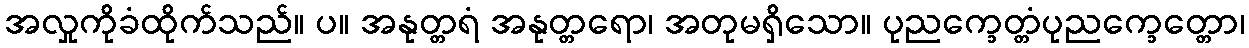
အလှုကိုခံထိုက်သည်။ ပ။ အနုတ္တရံ အနုတ္တရော၊ အတုမရှိသော။ ပုညက္ခေတ္တံပုညက္ခေတ္တော၊